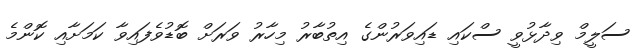
ސަލީމް ވިދާޅުވީ ސްކައި ޑައިވަރުންގެ އިތުބާރު މިހާރު ވަރަށް ބޮޑުވެފައިވާ ކަމަށާއި ކޮންމެ